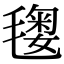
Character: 𣯲